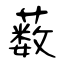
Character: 薮